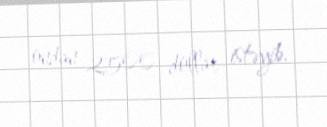
ondan 2500 dollar istəyib.